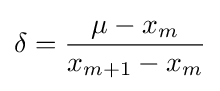
\delta ={\frac {\mu -x_{m}}{x_{m+1}-x_{m}}}